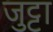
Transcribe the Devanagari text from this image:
जुट्टा